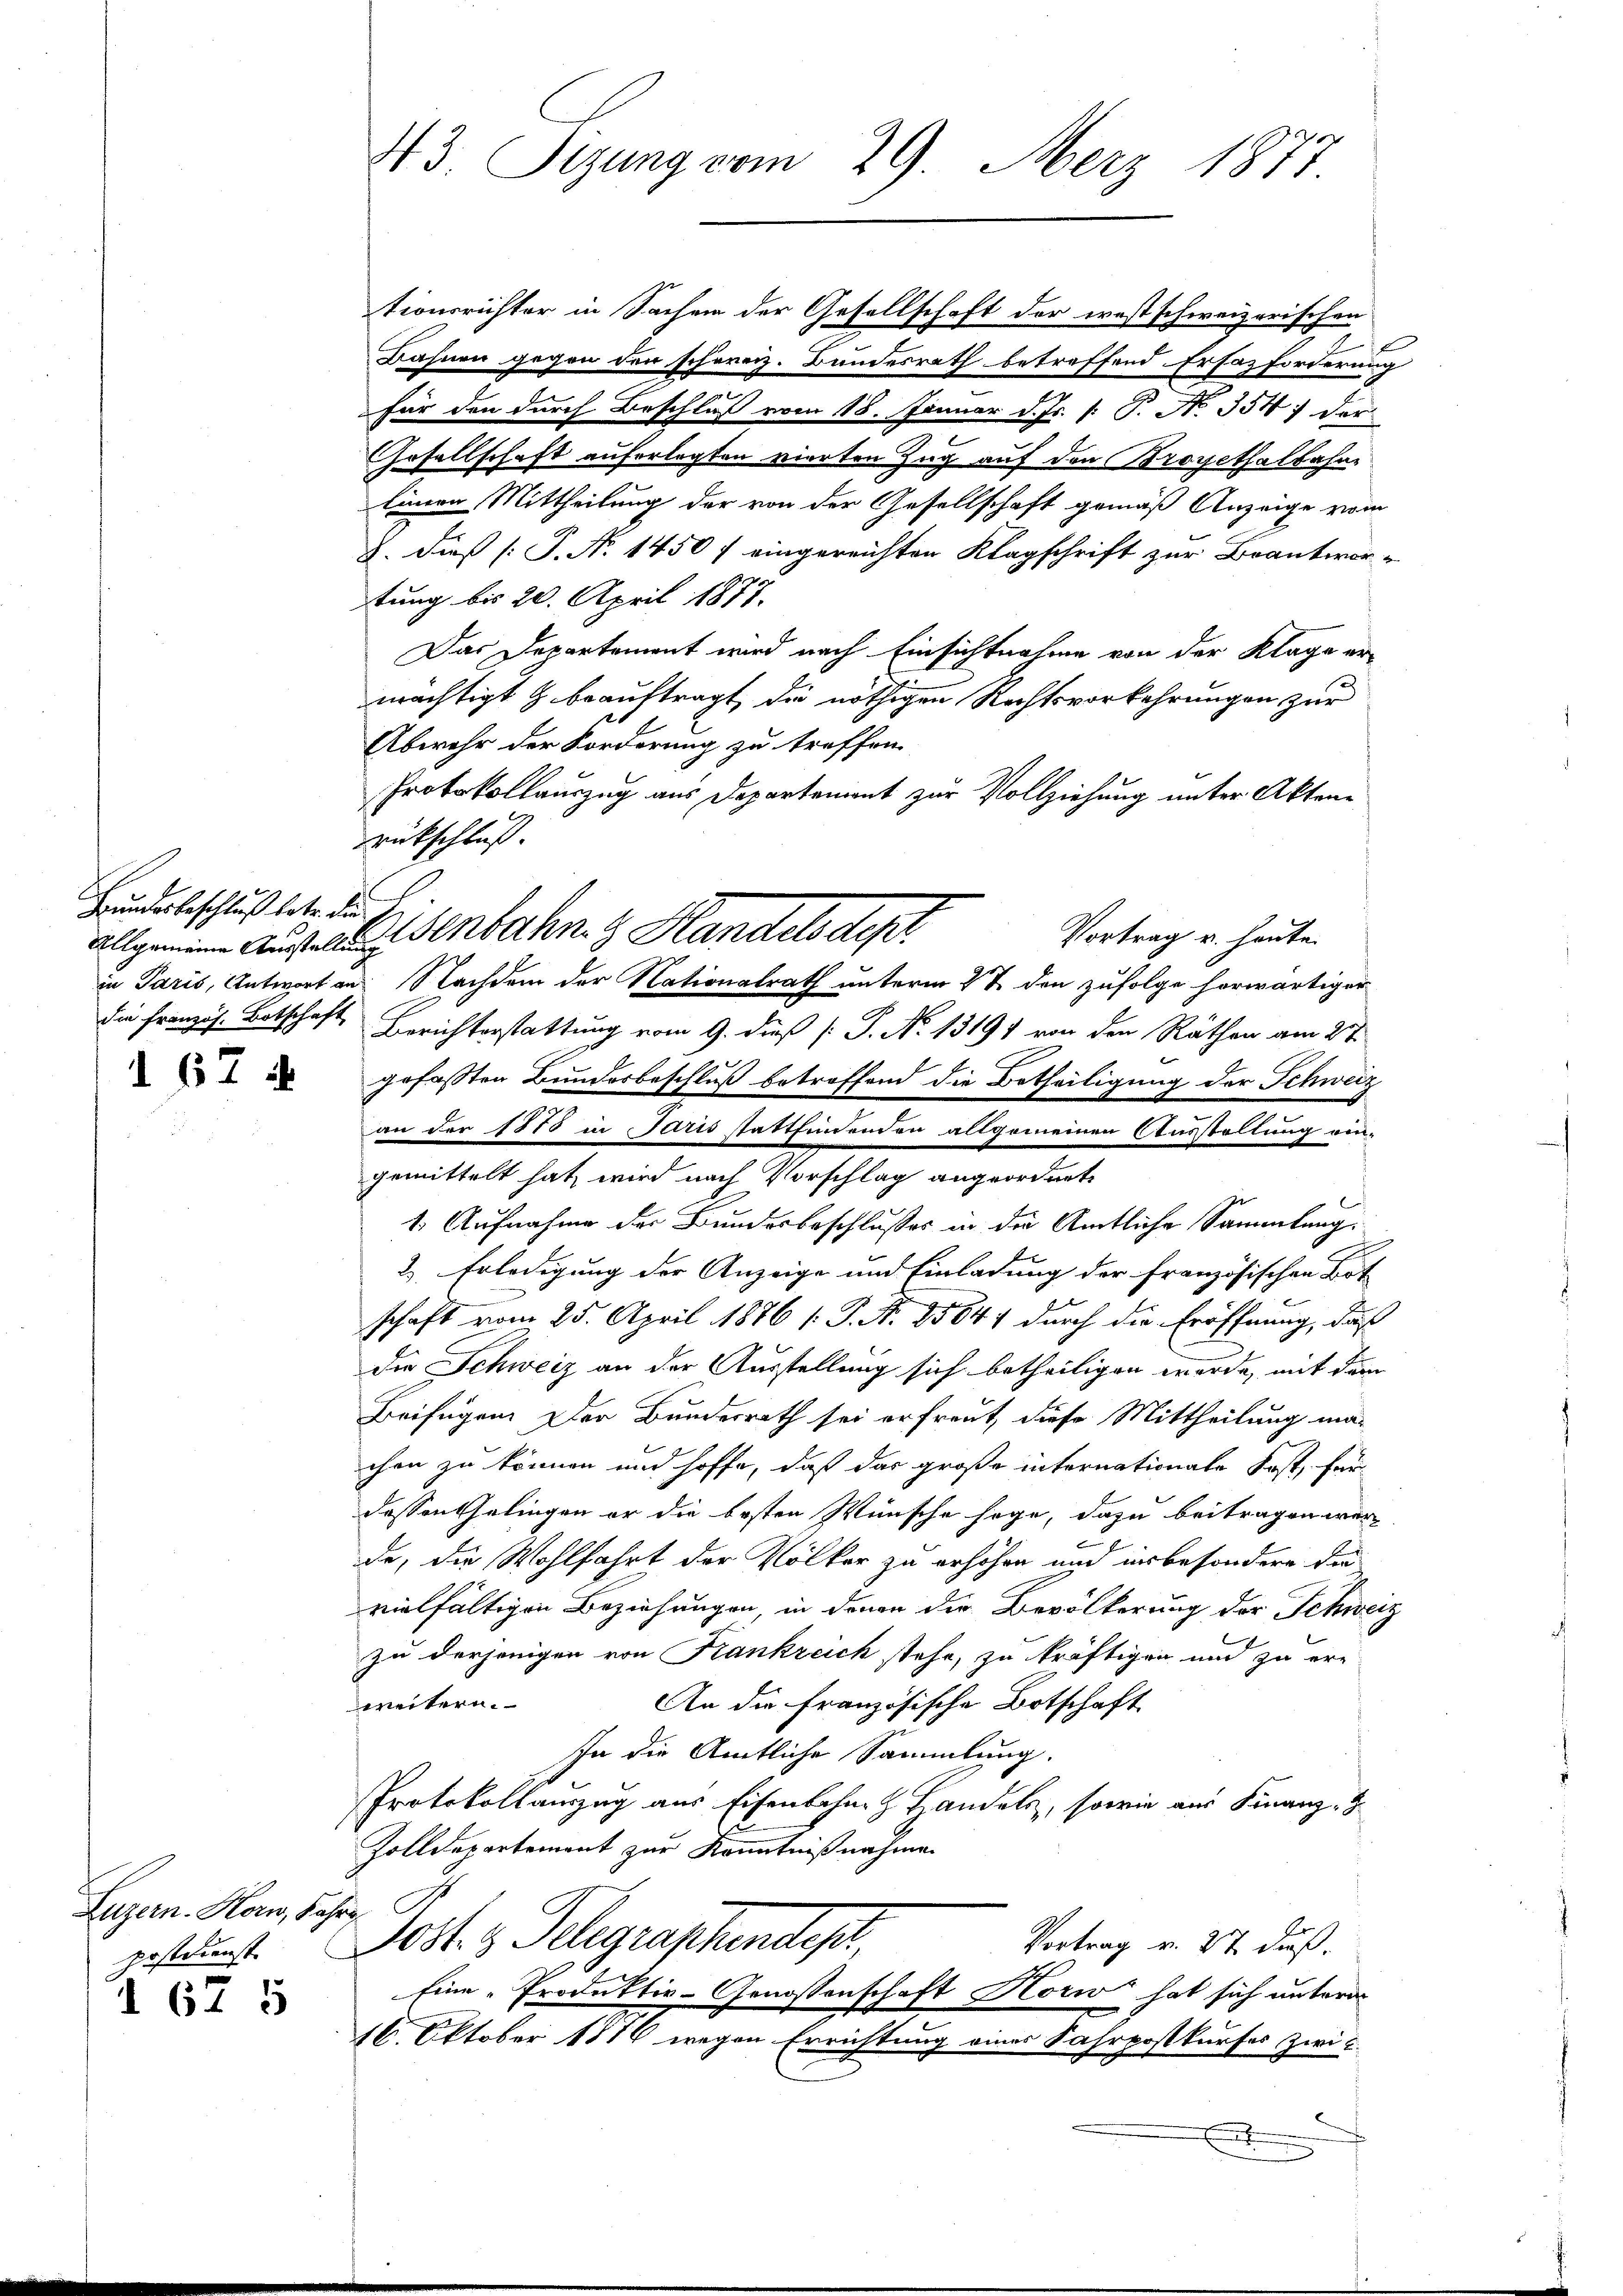
Hundesbeschluß betr. die
die französ. Botschaft

67

Luzern. Horw, Sapr
postdienst

d 67 5

43. Sizung vom 29. März 1877.

tionsrichter in Sachen der Gesellschaft der westschweizerischen
Bahnen gegen den schereiz. Bundesrath betreffend Erfazforderung
für den durch Beschluß vom 18. Januar d. Js. [: P. N. 354 der
c
Gesellschaft auferlegten vierten Zug auf den Brogethalbahne
linen Mittheilung der von der Gesellschaft gemäß Anzeige vom
8. dieß (T. N. 1450 f eingereichten Klagschrift zur Brantwor-
tung bis 20. April 1877.
Das Departement wird nach Einsichtnahme von der Klage er-
mächtigt & beauftragt, die nöthigen Rechtsvorkehrungen zur
Abwehr der Forderung zu treffen
Protokollauszug aus Departement zur Vollziehung unter Aktenrückschluß.
Vortrag u. heute.
alle Aufenbahn. Handels dep
in Paris, Antwort an Nachdem der Nationalrath unterm 27 den zufolge herwärtiger
Berichterstattung vom 9. dieß [P. Nr. 13191 von den Räthen am 27.
gefassten Bundesbeschluß betreffend die Betheiligung der Schweiz
an der 1878 in Paris stattfindenden allgemeinen Ausstellung eingemittelt hat, wird nach Vorschlag angeordnete
1. Aufnahme der Bundesbeschlußes in die Amtliche Sammlung.
2) Erledigung der Anzeige und Einladung der französischen Bot
schaft vom 25. April 1876 /: P. Nr. 85841 durch die Eröffnung, daß
die Schweiz an der Ausstellung sich betheiligen werde, mit dem
Beifügen. Der Bundesrath sei erfreut, diese Mittheilung ma-
chen zu können und hoffe, daß das große internationale Kost, für
dassen Gelingen er die besten Wünsche sage, dazu beitragen werf
de, die Wohlfahrt der Völker zu erhöhen und insbesondere die
vielfältigen Beziehungen, in denen die Bevölkerung der Schweiz
zu derjenigen von Krankreich stehe, zu kräftigen und zu er-
weitern.
An die Französische Botschaft
In die Amtliche Sammlung.
Protokollauszug aus Eisenbahn z. Handels, sowie aus Finanz-
Zolldepartement zur Kenntnißnahme.
d
Post. z. Telegraphendest,
Vortrag v. 27. dieß.
Eine Produktiv-Genossenschaft Horw hat sich unterm
16. Oktober 1878 wegen Errichtung eines Fahrpostkurses zwi
t